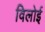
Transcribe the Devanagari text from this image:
विलोई